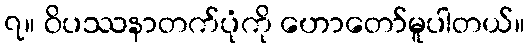
၇။ ဝိပဿနာတက်ပုံကို ဟောတော်မူပါတယ်။